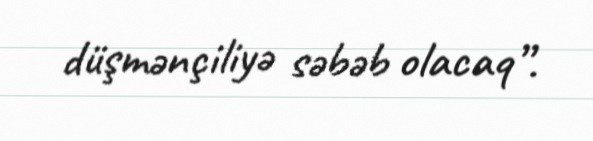
düşmənçiliyə səbəb olacaq”.